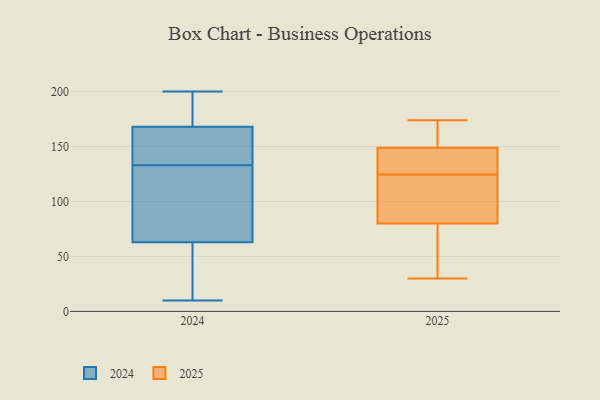
{"axis": {"x": "Production Output", "y": "Value"}, "legend": ["2024", "2025"], "data": [{"x": "", "y": 119, "type": "2025"}, {"x": "", "y": 174, "type": "2025"}, {"x": "", "y": 121, "type": "2025"}, {"x": "", "y": 151, "type": "2025"}, {"x": "", "y": 149, "type": "2025"}, {"x": "", "y": 80, "type": "2025"}, {"x": "", "y": 30, "type": "2025"}, {"x": "", "y": 50, "type": "2025"}, {"x": "", "y": 128, "type": "2025"}, {"x": "", "y": 139, "type": "2025"}, {"x": "", "y": 156, "type": "2024"}, {"x": "", "y": 175, "type": "2024"}, {"x": "", "y": 133, "type": "2024"}, {"x": "", "y": 165, "type": "2024"}, {"x": "", "y": 57, "type": "2024"}, {"x": "", "y": 88, "type": "2024"}, {"x": "", "y": 10, "type": "2024"}, {"x": "", "y": 26, "type": "2024"}, {"x": "", "y": 81, "type": "2024"}, {"x": "", "y": 46, "type": "2024"}, {"x": "", "y": 193, "type": "2024"}, {"x": "", "y": 175, "type": "2024"}, {"x": "", "y": 169, "type": "2024"}, {"x": "", "y": 94, "type": "2024"}, {"x": "", "y": 25, "type": "2024"}, {"x": "", "y": 200, "type": "2024"}, {"x": "", "y": 96, "type": "2024"}, {"x": "", "y": 135, "type": "2024"}, {"x": "", "y": 134, "type": "2024"}]}